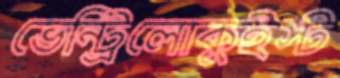
ভেন্ট্রিলোকুইস্ট